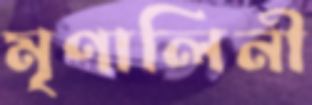
মৃণালিনী